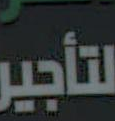
لتأجير